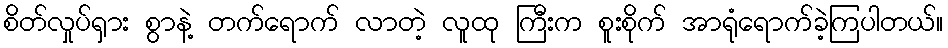
စိတ်လှုပ်ရှား စွာနဲ့ တက်ရောက် လာတဲ့ လူထု ကြီးက စူးစိုက် အာရုံရောက်ခဲ့ကြပါတယ်။